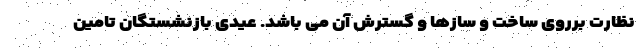
نظارت برروی ساخت و سازها و گسترش آن می باشد. عیدی بازنشستگان تامین